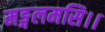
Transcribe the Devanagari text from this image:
मङ्गलमसि।।